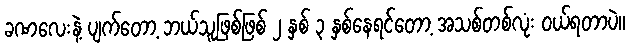
ခဏလေးနဲ့ ပျက်တော့ ဘယ်သူဖြစ်ဖြစ် ၂ နှစ် ၃ နှစ်နေရင်တော့ အသစ်တစ်လုံး ဝယ်ရတာပဲ။